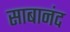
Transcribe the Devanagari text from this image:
साबानंद